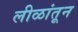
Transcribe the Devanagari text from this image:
लीळांतून